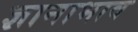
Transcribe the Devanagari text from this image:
ज्ञानाभाव